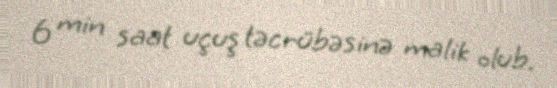
6 min saat uçuş təcrübəsinə malik olub.